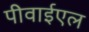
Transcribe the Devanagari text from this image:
पीवाईएल